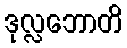
ဒုလ္လဘောတိ